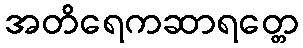
အတိရေကဆာရတ္တေ